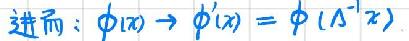
进而：$\phi(x)\to\phi'(x)=\phi(A^{-1}x)$